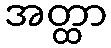
အတ္ထာ